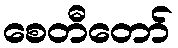
စေတီတော်